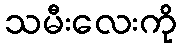
သမီးလေးကို